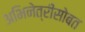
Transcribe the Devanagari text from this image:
अभिनेत्रींसोबत